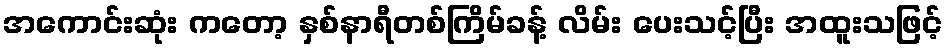
အကောင်းဆုံး ကတော့ နှစ်နာရီတစ်ကြိမ်ခန့် လိမ်း ပေးသင့်ပြီး အထူးသဖြင့်